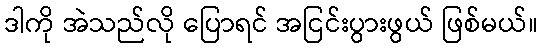
ဒါကို အဲသည်လို ပြောရင် အငြင်းပွားဖွယ် ဖြစ်မယ်။